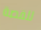
للقصة